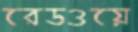
রেডওয়ে